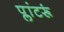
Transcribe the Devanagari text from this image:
प्लांटरूं